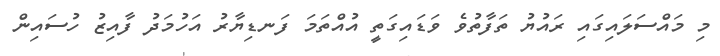
މި މައްސަލައިގައި ރައުޔު ތަފާތުވެ ވަޑައިގަތީ އުއްތަމަ ފަނޑިޔާރު އަހުމަދު ފާއިޒު ހުސައިން